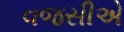
વજસીએ